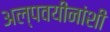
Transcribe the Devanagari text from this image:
अल्पवयीनांशी